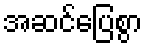
အဆင်ပြေစွာ